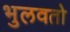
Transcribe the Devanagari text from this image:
भुलवतो